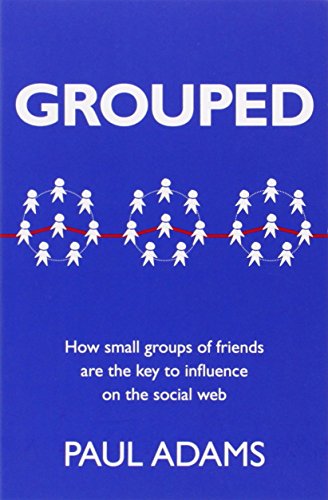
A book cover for Grouped: How small groups of friends are the key to influence on the social web (Voices That Matter); Paul Adams; Computers & Technology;